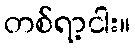
တစ်ရာ့ငါး။